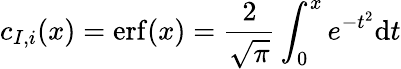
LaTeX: c_{I,i}(x)=\mathrm{erf}(x)=\frac{2}{\sqrt{\pi}}\int_{0}^{x}e^{-t^{2}}\mathrm{d}t